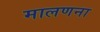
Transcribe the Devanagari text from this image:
मालणना